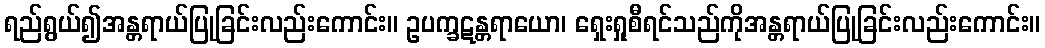
ရည်ရွယ်၍အန္တရာယ်ပြုခြင်းလည်းကောင်း။ ဥပက္ခဋန္တရာယော၊ ရှေးရှုစီရင်သည်ကိုအန္တရာယ်ပြုခြင်းလည်းကောင်း။